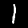
Digit: 1